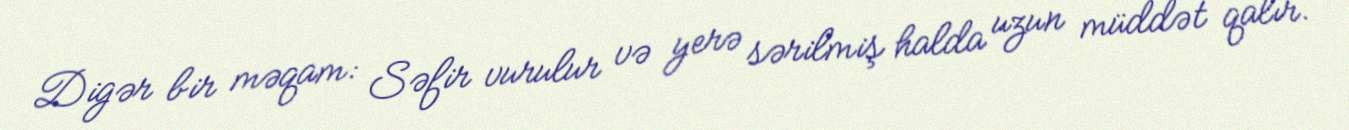
Digər bir məqam: Səfir vurulur və yerə sərilmiş halda uzun müddət qalır.